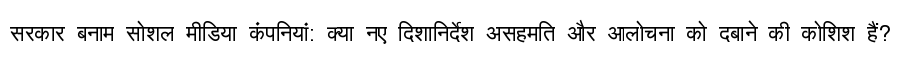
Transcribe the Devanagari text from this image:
सरकार बनाम सोशल मीडिया कंपनियां: क्या नए दिशानिर्देश असहमति और आलोचना को दबाने की कोशिश हैं?